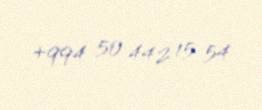
+994 50 442 15 54